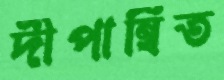
দীপান্বিত